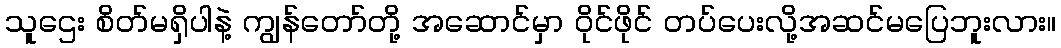
သူဌေး စိတ်မရှိပါနဲ့ ကျွန်တော်တို့ အဆောင်မှာ ဝိုင်ဖိုင် တပ်ပေးလို့အဆင်မပြေဘူးလား။